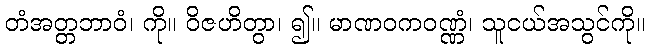
တံအတ္တဘာဝံ၊ ကို။ ဝိဇဟိတွာ၊ ၍။ မာဏဝကဝဏ္ဏံ၊ သူငယ်အသွင်ကို။